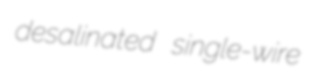
desalinated single-wire